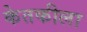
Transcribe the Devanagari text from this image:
केतकीला